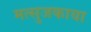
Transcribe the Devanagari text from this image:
मत्सुजकाया